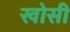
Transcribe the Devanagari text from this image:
खोसी